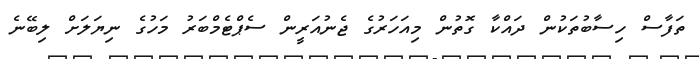
ތަފާސް ހިސާބުތަކުން ދައްކާ ގޮތުން މިއަހަރުގެ ޖެނުއަރީން ސެޕްޓެމްބަރު މަހުގެ ނިޔަލަށް ލިބޭނެ